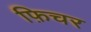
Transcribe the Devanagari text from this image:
फ़िचर